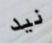
نيد